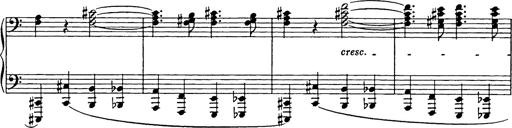
Title: Trauervorspiel und Trauermarsch
Composer: Franz Liszt